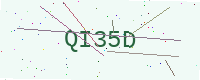
Text: QI35D